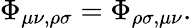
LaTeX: \Phi_{\mu\nu,\rho\sigma}=\Phi_{\rho\sigma,\mu\nu}.